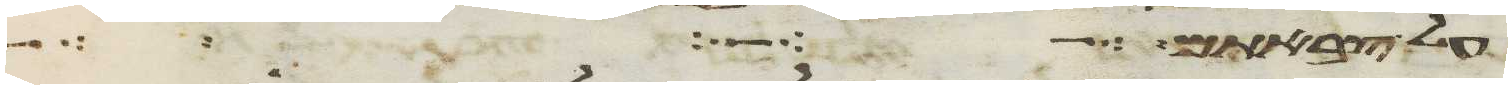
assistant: על צבאתם